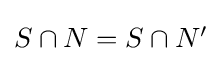
{\textstyle S\cap N=S\cap N'}